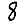
Digit: 8